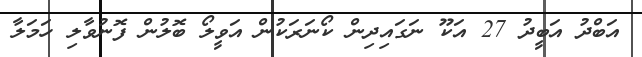
އަބްދު އަބީދު 27 އަކޫ ނަގައިދިން ކޯނަރަކުން އަވީލޯ ބޮލުން ފޮނުވާލި ހަމަލާ